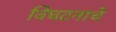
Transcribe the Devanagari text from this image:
विघटनाचे